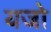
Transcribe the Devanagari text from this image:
यजो